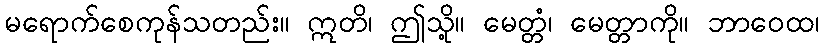
မရောက်စေကုန်သတည်း။ ဣတိ၊ ဤသို့။ မေတ္တံ၊ မေတ္တာကို။ ဘာဝေထ၊